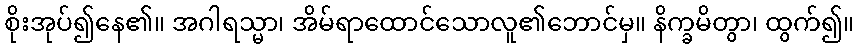
စိုးအုပ်၍နေ၏။ အဂါရသ္မာ၊ အိမ်ရာထောင်သောလူ၏ဘောင်မှ။ နိက္ခမိတွာ၊ ထွက်၍။